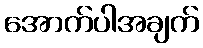
အောက်ပါအချက်